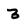
Character: 3